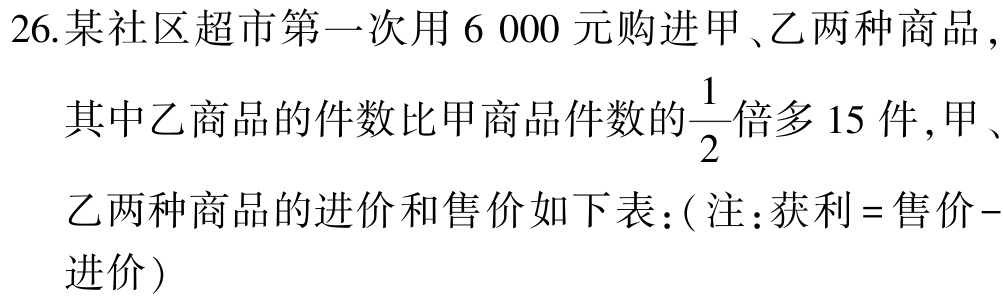
26.某社区超市第一次用$6\ 000$元购进甲、乙两种商品，

其中乙商品的件数比甲商品件数的$\dfrac{1}{2}$倍多$15$件，甲、

乙两种商品的进价和售价如下表：( 注：获利 = 售价 -

进价 )